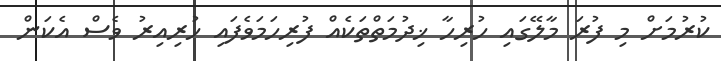
ކުރުމަށް މި ފުރަ މާލޭގައި ހުރިހާ ޚިދުމަތްތަކެއް ފުރިހަމަވެފައި ހުރިއިރު ވެސް އެކަން